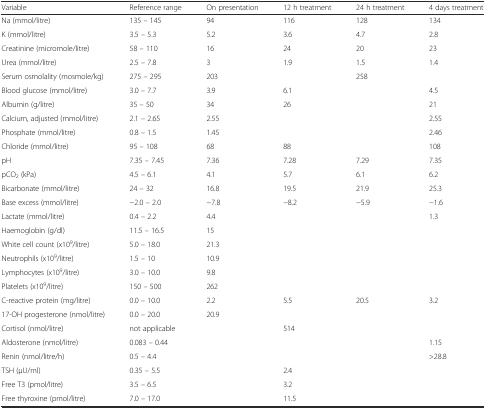
<table><thead><tr><td><b>Variable</b></td><td><b>Reference range</b></td><td><b>On presentation</b></td><td><b>12 h treatment</b></td><td><b>24 h treatment</b></td><td><b>4 days treatment</b></td></tr></thead><tbody><tr><td>Na (mmol/litre)</td><td>135 – 145</td><td>94</td><td>116</td><td>128</td><td>134</td></tr><tr><td>K (mmol/litre)</td><td>3.5 – 5.3</td><td>5.2</td><td>3.6</td><td>4.7</td><td>2.8</td></tr><tr><td>Creatinine (micromole/litre)</td><td>58 – 110</td><td>16</td><td>24</td><td>20</td><td>23</td></tr><tr><td>Urea (mmol/litre)</td><td>2.5 – 7.8</td><td>3</td><td>1.9</td><td>1.5</td><td>1.4</td></tr><tr><td>Serum osmolality (mosmole/kg)</td><td>275 – 295</td><td>203</td><td></td><td>258</td><td></td></tr><tr><td>Blood glucose (mmol/litre)</td><td>3.0 – 7.7</td><td>3.9</td><td>6.1</td><td></td><td>4.5</td></tr><tr><td>Albumin (g/litre)</td><td>35 – 50</td><td>34</td><td>26</td><td></td><td>21</td></tr><tr><td>Calcium, adjusted (mmol/litre)</td><td>2.1 – 2.65</td><td>2.55</td><td></td><td></td><td>2.55</td></tr><tr><td>Phosphate (mmol/litre)</td><td>0.8 – 1.5</td><td>1.45</td><td></td><td></td><td>2.46</td></tr><tr><td>Chloride (mmol/litre)</td><td>95 – 108</td><td>68</td><td>88</td><td></td><td>108</td></tr><tr><td>pH</td><td>7.35 – 7.45</td><td>7.36</td><td>7.28</td><td>7.29</td><td>7.35</td></tr><tr><td>pCO<sub>2</sub> (kPa)</td><td>4.5 – 6.1</td><td>4.1</td><td>5.7</td><td>6.1</td><td>6.2</td></tr><tr><td>Bicarbonate (mmol/litre)</td><td>24 – 32</td><td>16.8</td><td>19.5</td><td>21.9</td><td>25.3</td></tr><tr><td>Base excess (mmol/litre)</td><td>−2.0 – 2.0</td><td>−7.8</td><td>−8.2</td><td>−5.9</td><td>−1.6</td></tr><tr><td>Lactate (mmol/litre)</td><td>0.4 – 2.2</td><td>4.4</td><td></td><td></td><td>1.3</td></tr><tr><td>Haemoglobin (g/dl)</td><td>11.5 – 16.5</td><td>15</td><td></td><td></td><td></td></tr><tr><td>White cell count (x10<sup>9</sup>/litre)</td><td>5.0 – 18.0</td><td>21.3</td><td></td><td></td><td></td></tr><tr><td>Neutrophils (x10<sup>9</sup>/litre)</td><td>1.5 – 10</td><td>10.9</td><td></td><td></td><td></td></tr><tr><td>Lymphocytes (x10<sup>9</sup>/litre)</td><td>3.0 – 10.0</td><td>9.8</td><td></td><td></td><td></td></tr><tr><td>Platelets (x10<sup>9</sup>/litre)</td><td>150 – 500</td><td>262</td><td></td><td></td><td></td></tr><tr><td>C-reactive protein (mg/litre)</td><td>0.0 – 10.0</td><td>2.2</td><td>5.5</td><td>20.5</td><td>3.2</td></tr><tr><td>17-OH progesterone (nmol/litre)</td><td>0.0 – 20.0</td><td>20.9</td><td></td><td></td><td></td></tr><tr><td>Cortisol (nmol/litre)</td><td>not applicable</td><td></td><td>514</td><td></td><td></td></tr><tr><td>Aldosterone (nmol/litre)</td><td>0.083 – 0.44</td><td></td><td></td><td></td><td>1.15</td></tr><tr><td>Renin (nmol/litre/h)</td><td>0.5 – 4.4</td><td></td><td></td><td></td><td>&gt;28.8</td></tr><tr><td>TSH (μU/ml)</td><td>0.35 – 5.5</td><td></td><td>2.4</td><td></td><td></td></tr><tr><td>Free T3 (pmol/litre)</td><td>3.5 – 6.5</td><td></td><td>3.2</td><td></td><td></td></tr><tr><td>Free thyroxine (pmol/litre)</td><td>7.0 – 17.0</td><td></td><td>11.5</td><td></td><td></td></tr></tbody></table>